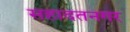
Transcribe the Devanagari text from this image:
सहादतनगर